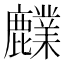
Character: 𪋫